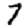
Digit: 7